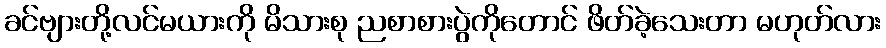
ခင်ဗျားတို့လင်မယားကို မိသားစု ညစာစားပွဲကိုတောင် ဖိတ်ခဲ့သေးတာ မဟုတ်လား